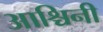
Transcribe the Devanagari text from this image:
आश्चिनी